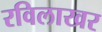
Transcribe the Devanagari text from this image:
रविलाखर